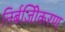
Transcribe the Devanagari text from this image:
निर्बजिीकरण